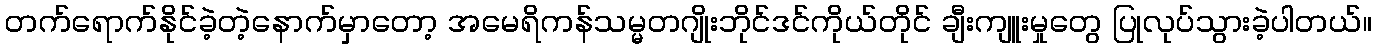
တက်ရောက်နိုင်ခဲ့တဲ့နောက်မှာတော့ အမေရိကန်သမ္မတဂျိုးဘိုင်ဒင်ကိုယ်တိုင် ချီးကျူးမှုတွေ ပြုလုပ်သွားခဲ့ပါတယ်။